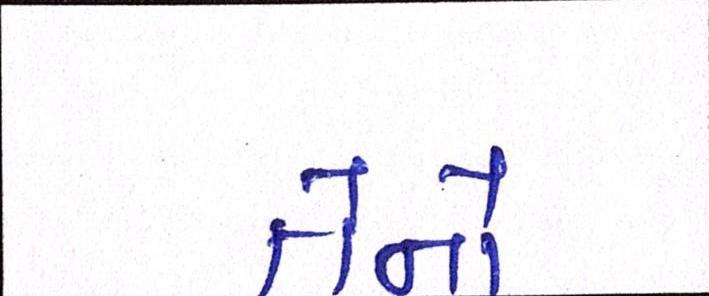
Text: તેનો